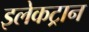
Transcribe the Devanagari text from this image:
इलेकट्रान